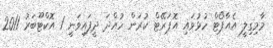
މާމިގިލީ އެއާޕޯޓް ހުޅުވައި އޮޕަރޭޓް ކުރަން ހުއްދަ ދީފައިވަނީ 1 އޮކްޓޫބަރު 2011